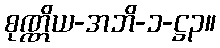
စုဏ္ဏိယ-အဘိ-၁-ဋ္ဌ၃။